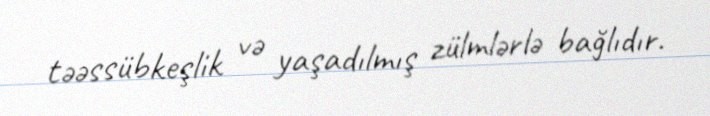
təəssübkeşlik və yaşadılmış zülmlərlə bağlıdır.